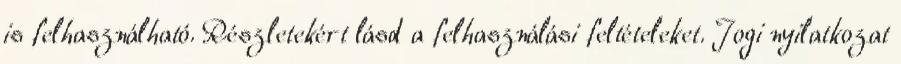
is felhasználható. Részletekért lásd a felhasználási feltételeket. Jogi nyilatkozat